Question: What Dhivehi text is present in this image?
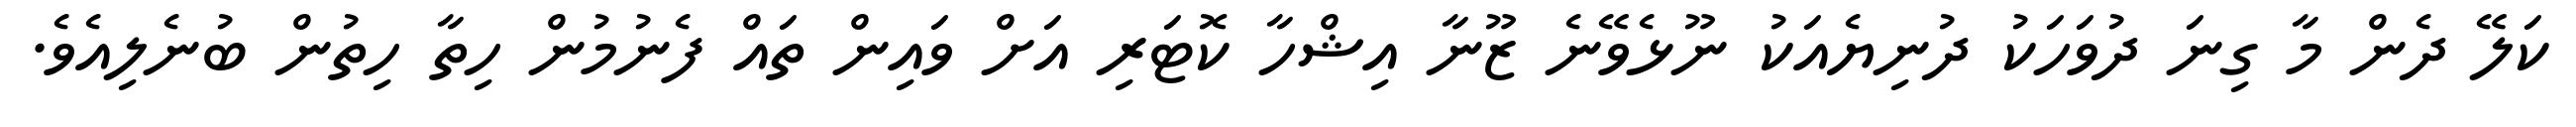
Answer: ކަލޭ ދެން މާ ގިނަ ދުވަހަކު ދުނިޔެއަކު ނޫޅެވޭނެ ޒޫނާ އިޝްހާ ކޮޓަރި އަށް ވައިން ތައް ފެނުމުން ހިތާ ހިތުން ބުނެލިއެވެ.